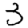
Digit: 3